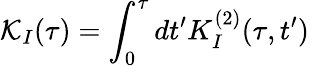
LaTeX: \mathcal{K}_{I}(\tau)=\int_{0}^{\tau}dt^{\prime}K_{I}^{(2)}(\tau,t^{\prime})